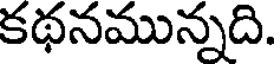
కథనమున్నది.